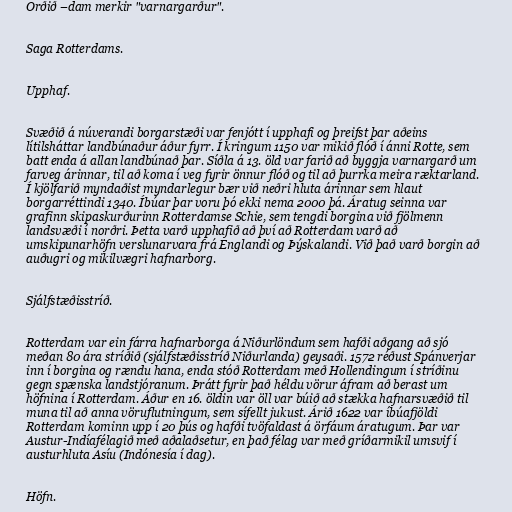
Orðið –dam merkir "varnargarður".

Saga Rotterdams.

Upphaf.

Svæðið á núverandi borgarstæði var fenjótt í upphafi og þreifst þar aðeins
lítilsháttar landbúnaður áður fyrr. Í kringum 1150 var mikið flóð í ánni Rotte, sem
batt enda á allan landbúnað þar. Síðla á 13. öld var farið að byggja varnargarð um
farveg árinnar, til að koma í veg fyrir önnur flóð og til að þurrka meira ræktarland.
Í kjölfarið myndaðist myndarlegur bær við neðri hluta árinnar sem hlaut
borgarréttindi 1340. Íbúar þar voru þó ekki nema 2000 þá. Áratug seinna var
grafinn skipaskurðurinn Rotterdamse Schie, sem tengdi borgina við fjölmenn
landsvæði í norðri. Þetta varð upphafið að því að Rotterdam varð að
umskipunarhöfn verslunarvara frá Englandi og Þýskalandi. Við það varð borgin að
auðugri og mikilvægri hafnarborg.

Sjálfstæðisstríð.

Rotterdam var ein fárra hafnarborga á Niðurlöndum sem hafði aðgang að sjó
meðan 80 ára stríðið (sjálfstæðisstríð Niðurlanda) geysaði. 1572 réðust Spánverjar
inn í borgina og rændu hana, enda stóð Rotterdam með Hollendingum í stríðinu
gegn spænska landstjóranum. Þrátt fyrir það héldu vörur áfram að berast um
höfnina í Rotterdam. Áður en 16. öldin var öll var búið að stækka hafnarsvæðið til
muna til að anna vöruflutningum, sem sífellt jukust. Árið 1622 var íbúafjöldi
Rotterdam kominn upp í 20 þús og hafði tvöfaldast á örfáum áratugum. Þar var
Austur-Indíafélagið með aðalaðsetur, en það félag var með gríðarmikil umsvif í
austurhluta Asíu (Indónesía í dag).

Höfn.